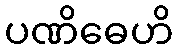
ပဏိဓေဟိ